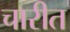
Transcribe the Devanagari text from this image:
चारीत